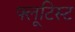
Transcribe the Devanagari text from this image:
फ्लूटिस्ट